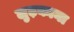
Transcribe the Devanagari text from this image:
लुढ़काना